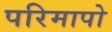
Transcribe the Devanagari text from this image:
परिमापो